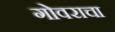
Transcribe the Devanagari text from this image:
गोवराचा